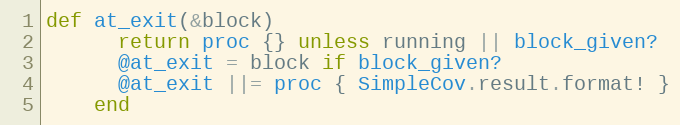
Language: Ruby
def at_exit(&block)
      return proc {} unless running || block_given?
      @at_exit = block if block_given?
      @at_exit ||= proc { SimpleCov.result.format! }
    end